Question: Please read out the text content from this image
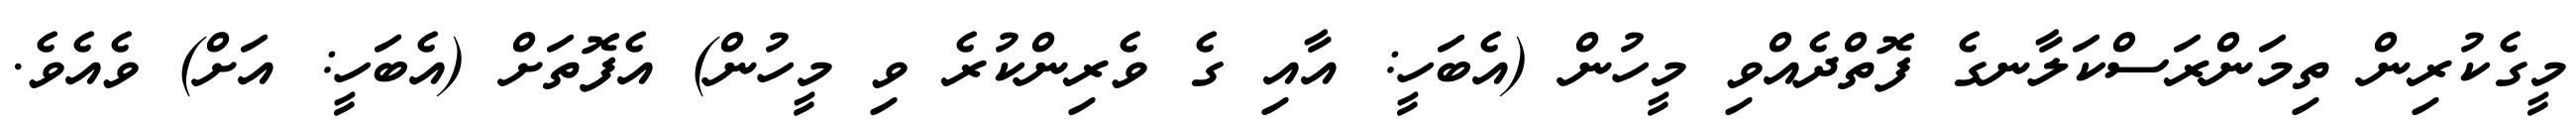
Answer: މީގެކުރިން ތިމަންރަސްކަލާނގެ ފޮތްދެއްވި މީހުން (އެބަހީ: އާއި ގެ ވެރިންކުރެ ވި މީހުން) އެފޮތަށް (އެބަހީ: އަށް) ވެއެވެ.